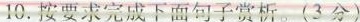
10.按要求完成下面句子赏析。(3分)